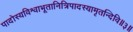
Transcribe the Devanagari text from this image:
पादोस्यविश्वाभूतानित्रिपादस्यामृतन्दिवि॥३॥